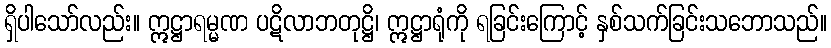
ရှိပါသော်လည်း။ ဣဋ္ဌာရမ္မဏ ပဋိလာဘတုဋ္ဌိ၊ ဣဋ္ဌာရုံကို ရခြင်းကြောင့် နှစ်သက်ခြင်းသဘောသည်။